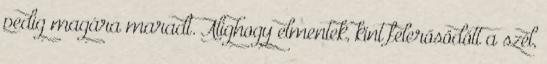
pedig magára maradt. Alighogy elmentek, kint felerősödött a szél,